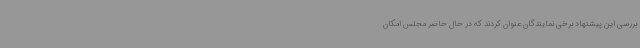
بررسی این پیشنهاد برخی نمایندگان عنوان کردند که در حال حاضر مجلس امکان